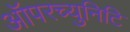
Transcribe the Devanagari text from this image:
ऑपरच्युनिटि